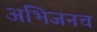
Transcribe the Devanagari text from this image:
अभिजनच